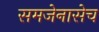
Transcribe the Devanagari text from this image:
समजेनासेच